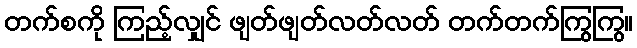
တက်စကို ကြည့်လျှင် ဖျတ်ဖျတ်လတ်လတ် တက်တက်ကြွကြွ။